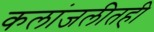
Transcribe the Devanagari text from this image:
कलांजलीतही